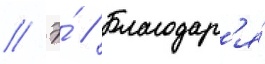
// Э́ // Благодар'я́